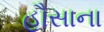
હૌસાના